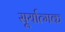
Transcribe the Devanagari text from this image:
सूर्यात्मक